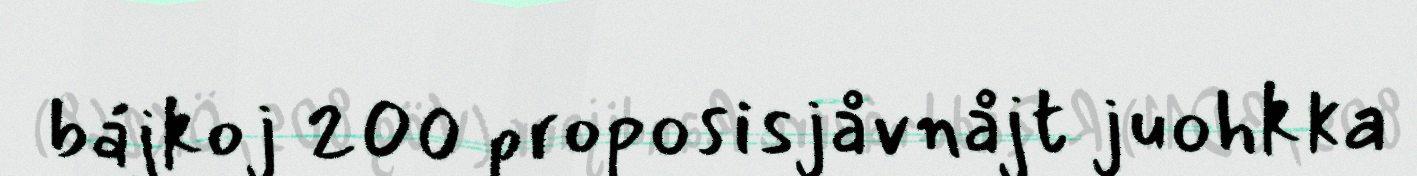
bájkoj 200 proposisjåvnåjt juohkka